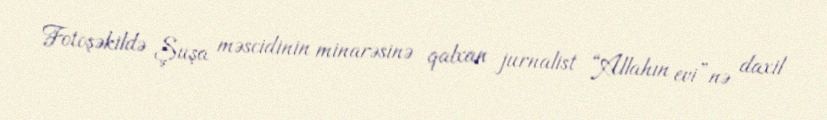
Fotoşəkildə Şuşa məscidinin minarəsinə qalxan jurnalist “Allahın evi”nə daxil